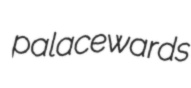
palacewards